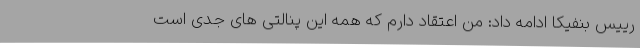
رییس بنفیکا ادامه داد: من اعتقاد دارم که همه این پنالتی‌ های جدی است